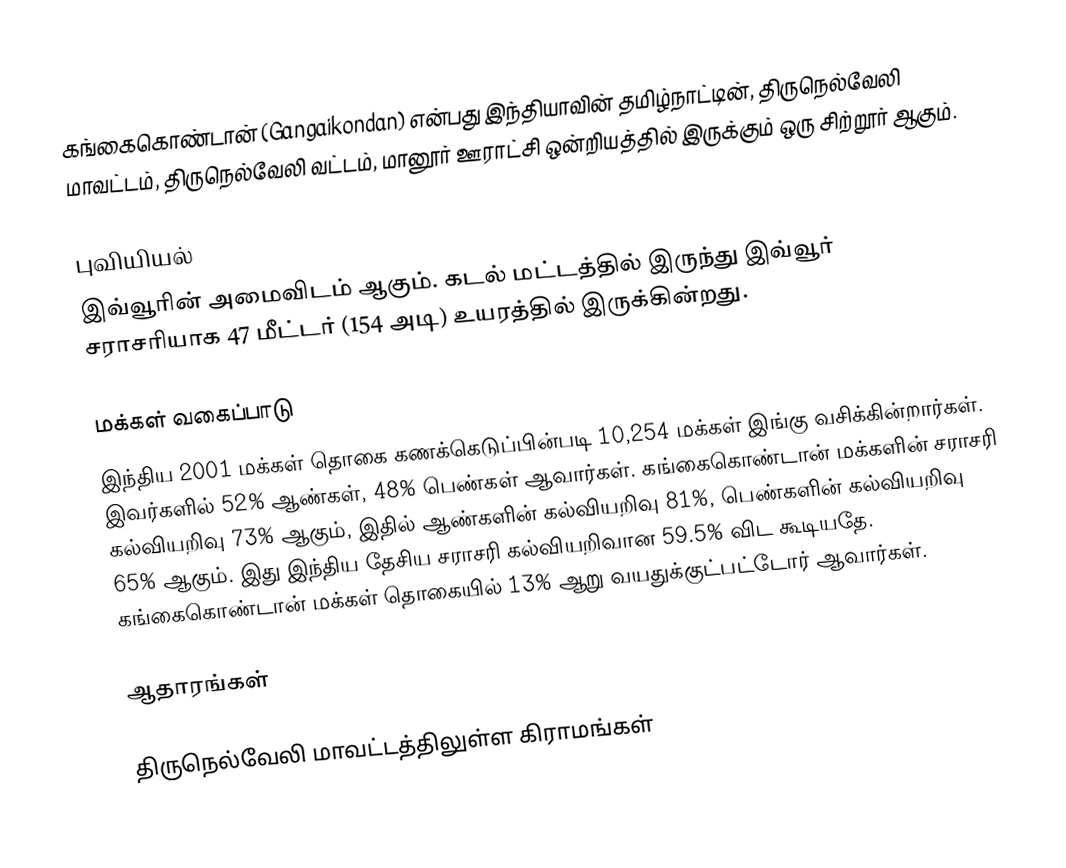
கங்கைகொண்டான் (Gangaikondan) என்பது இந்தியாவின் தமிழ்நாட்டின், திருநெல்வேலி மாவட்டம், திருநெல்வேலி வட்டம், மானூர் ஊராட்சி ஒன்றியத்தில் இருக்கும் ஒரு சிற்றூர் ஆகும்.

புவியியல்
இவ்வூரின் அமைவிடம்  ஆகும். கடல் மட்டத்தில் இருந்து இவ்வூர் சராசரியாக 47 மீட்டர் (154 அடி) உயரத்தில் இருக்கின்றது.

மக்கள் வகைப்பாடு
இந்திய 2001 மக்கள் தொகை கணக்கெடுப்பின்படி 10,254 மக்கள் இங்கு வசிக்கின்றார்கள். இவர்களில் 52% ஆண்கள், 48% பெண்கள் ஆவார்கள். கங்கைகொண்டான் மக்களின் சராசரி கல்வியறிவு 73% ஆகும்,  இதில் ஆண்களின் கல்வியறிவு 81%,  பெண்களின் கல்வியறிவு 65% ஆகும். இது இந்திய தேசிய சராசரி கல்வியறிவான 59.5% விட கூடியதே. கங்கைகொண்டான் மக்கள் தொகையில் 13%  ஆறு வயதுக்குட்பட்டோர் ஆவார்கள்.

ஆதாரங்கள்

திருநெல்வேலி மாவட்டத்திலுள்ள கிராமங்கள்